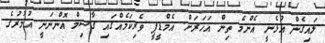
ލައިގެން އުޅެނީ އެންމެ ތިން އަހަރަށް. އެމްޑީޕީ ވެރިކަމެއްގައި ގާސިމް އޮންނަނީ އުމުރުގެ